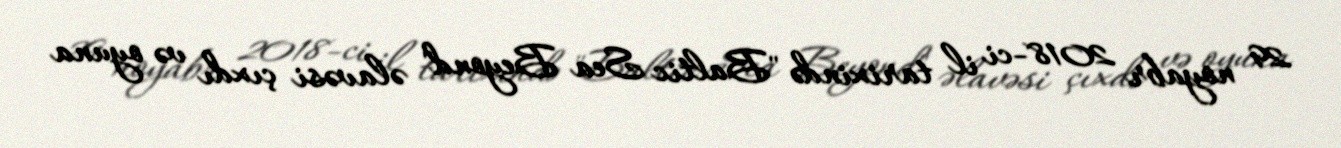
29 noyabr 2018-ci il tarixində "Baltic Sea Beyond" əlavəsi çıxdı və oyuna